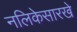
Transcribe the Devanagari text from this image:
नलिकेसारखे